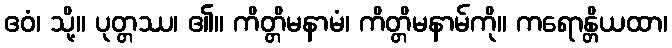
ဧဝံ၊ သို့။ ပုတ္တဿ၊ ၏။ ကိတ္တိမနာမံ၊ ကိတ္တိမနာမ်ကို။ ကရောန္တိယထာ၊